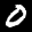
Label: 0